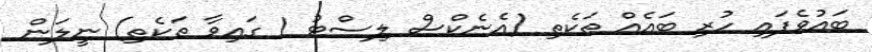
ބައުވެފައި ހުރި ބައެއް ތަކެތި (އެނެކްސް ލިސްޓު 1 ގައިވާ ތަކެތި) ނީލަން